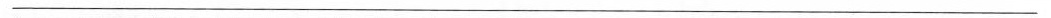
___